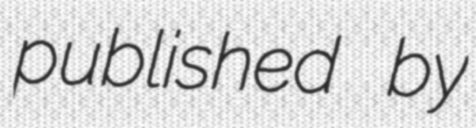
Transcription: published by